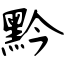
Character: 黔